Indian journal of veterinary science and animal husbandry - Volumes 15-17, 1948-1951
Year: 1948
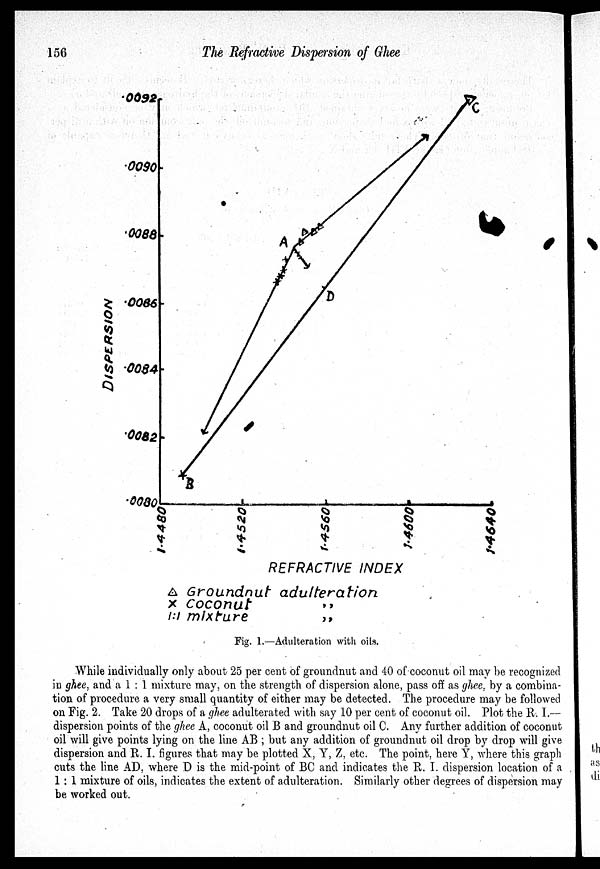
156
The Refractive Dispersion of Ghee
Fig. 1.—Adulteration with oils.
While individually only about 25 per cent of groundnut and 40 of coconut oil may be recognized
in ghee, and a 1 : 1 mixture may, on the strength of dispersion alone, pass off as ghee, by a combina-
tion of procedure a very small quantity of either may be detected. The procedure may be followed
on Fig. 2. Take 20 drops of a ghee adulterated with say 10 per cent of coconut oil. Plot the R. I.—
dispersion points of the ghee A, coconut oil B and groundnut oil C. Any further addition of coconut
oil will give points lying on the line AB ; but any addition of groundnut oil drop by drop will give
dispersion and R. I. figures that may be plotted X, Y, Z, etc. The point, here Y, where this graph
cuts the line AD, where D is the mid-point of BC and indicates the R. I. dispersion location of a
1 : 1 mixture of oils, indicates the extent of adulteration. Similarly other degrees of dispersion may
be worked out.